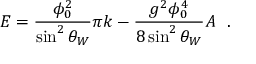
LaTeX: E = \frac { \phi _ { 0 } ^ { 2 } } { \sin ^ { 2 } \theta _ { W } } \pi k - \frac { g ^ { 2 } \phi _ { 0 } ^ { 4 } } { 8 \sin ^ { 2 } \theta _ { W } } A ~ ~ .